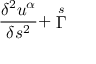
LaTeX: \frac { \delta ^ { 2 } u ^ { \alpha } } { \delta s ^ { 2 } } + \stackrel { s } { \Gamma }